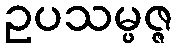
ဥပသမ္ပဇ္ဇ